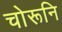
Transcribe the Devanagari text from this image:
चोरूनि